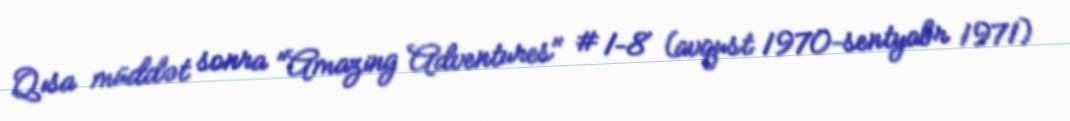
Qısa müddət sonra "Amazing Adventures" #1–8 (avqust 1970–sentyabr 1971)